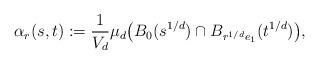
LaTeX: \begin{align*}\alpha_r(s,t) := \frac{1}{V_d} \mu_d \bigl( B_0(s^{1/d}) \cap B_{r^{1/d}e_1}(t^{1/d}) \bigr),\end{align*}